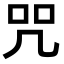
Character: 咒